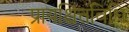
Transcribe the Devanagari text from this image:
प्रायश्चित्तविधि